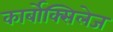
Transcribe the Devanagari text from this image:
कार्बोक्सिलेज